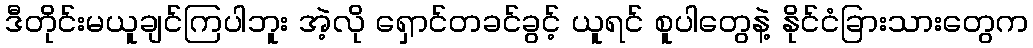
ဒီတိုင်းမယူချင်ကြပါဘူး အဲ့လို ရှောင်တခင်ခွင့် ယူရင် စူပါတွေနဲ့ နိုင်ငံခြားသားတွေက